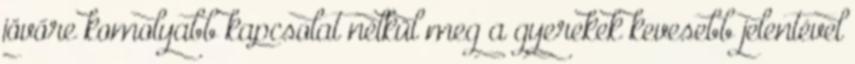
jövőre komolyabb kapcsolat nélkül meg a gyerekek kevesebb jelentével